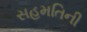
સહમતિની